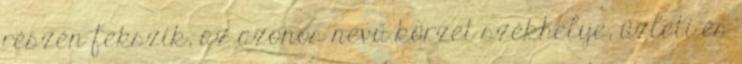
részén fekszik, az azonos nevű körzet székhelye, üzleti és